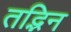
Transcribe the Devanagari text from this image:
तद्भिन